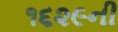
૧૬૨૯ની